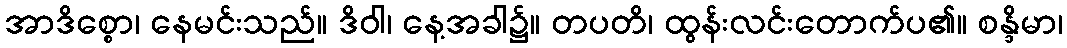
အာဒိစ္စော၊ နေမင်းသည်။ ဒိဝါ၊ နေ့အခါ၌။ တပတိ၊ ထွန်းလင်းတောက်ပ၏။ စန္ဒိမာ၊